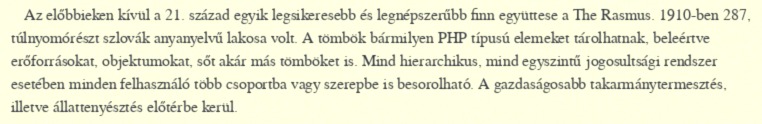
Az előbbieken kívül a 21. század egyik legsikeresebb és legnépszerűbb finn együttese a The Rasmus. 1910-ben 287, túlnyomórészt szlovák anyanyelvű lakosa volt. A tömbök bármilyen PHP típusú elemeket tárolhatnak, beleértve erőforrásokat, objektumokat, sőt akár más tömböket is. Mind hierarchikus, mind egyszintű jogosultsági rendszer esetében minden felhasználó több csoportba vagy szerepbe is besorolható. A gazdaságosabb takarmánytermesztés, illetve állattenyésztés előtérbe kerül.